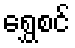
ရွှေစင်